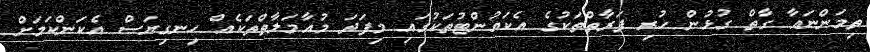
ތިމަންނައާ ގާތް ގުޅުން ހުރި ފަރާތްތަކުގެ އެކައުންޓުތަކުގައި މިފަދަ މުއާމަލާތްތަކެއް ހިނގިޔަސް އެކަންކަމަށް